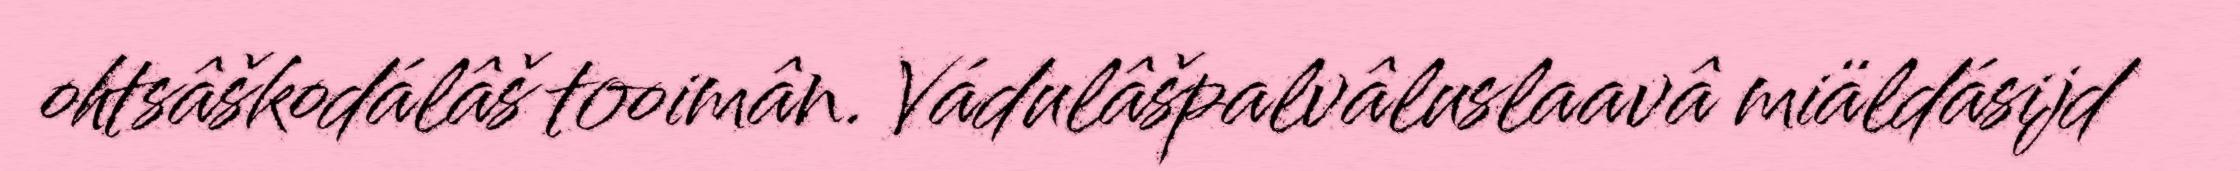
ohtsâškodálâš tooimân. Vádulâšpalvâluslaavâ miäldásijd